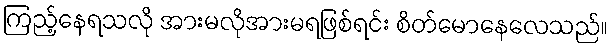
ကြည့်နေရသလို အားမလိုအားမရဖြစ်ရင်း စိတ်မောနေလေသည်။